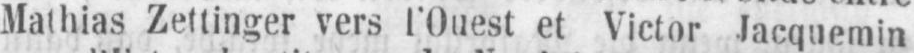
Mathias Zettinger vers l’Ouest et Victor Jacquemin